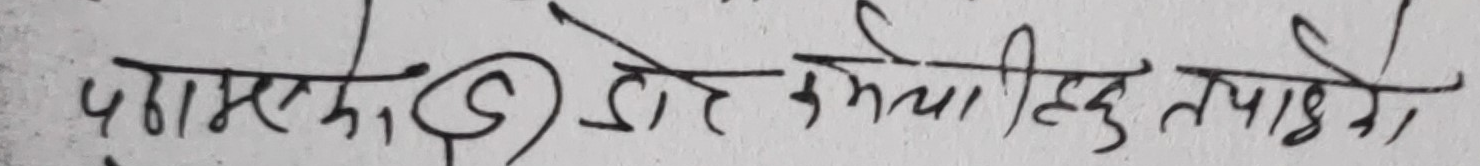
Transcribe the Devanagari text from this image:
पुग्नसकेको छोडेर फेला पार्नु तपाईंले।